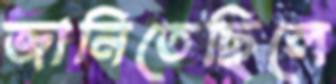
জানিতেছিলে